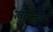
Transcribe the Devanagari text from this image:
अर्धस्नान